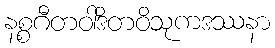
နစ္စဂီတဝါဒိတဝိသုကဒဿနာ